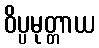
ဝိပ္ပမုတ္တာယ